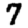
Digit: 7